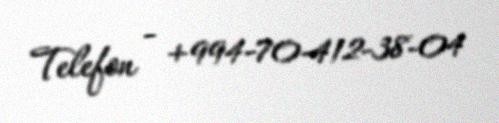
Telefon - +994-70-412-38-04